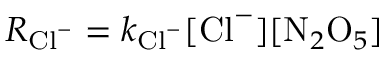
R _ { \mathrm { C l } ^ { - } } = k _ { \mathrm { C l } ^ { - } } [ \mathrm { C l } ^ { - } ] [ \mathrm { N } _ { 2 } \mathrm { O } _ { 5 } ]